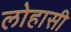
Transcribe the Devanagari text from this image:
लोहासी